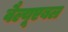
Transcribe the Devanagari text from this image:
वैल्यूएबल